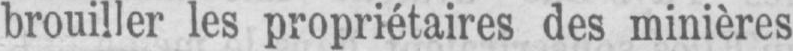
brouiller les propriétaires des minières